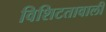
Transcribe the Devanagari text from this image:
विशिटतावाली